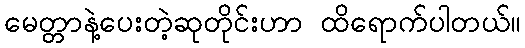
မေတ္တာနဲ့ပေးတဲ့ဆုတိုင်းဟာ ထိရောက်ပါတယ်။